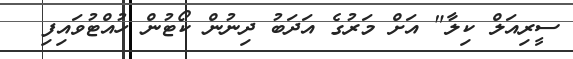
ސީރިއަލް ކިލާ" އަށް މަރުގެ އަދަބު ދިނުން ކޯޓުން ހުއްޓުވައިފި